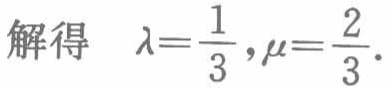
解得 \(\lambda=\frac{1}{3},\mu=\frac{2}{3}\).